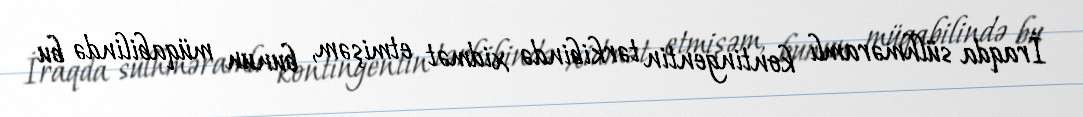
İraqda sülhməramlı kontingentin tərkibində xidmət etmişəm, bunun müqabilində bu